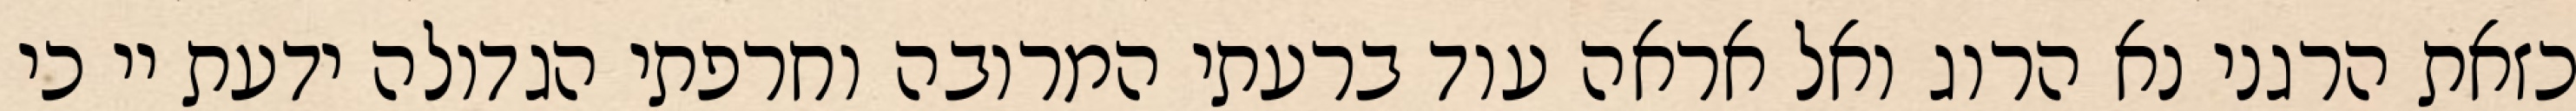
כזאת הרגני נא הרוג ואל אראה עוד ברעתי המרובה וחרפתי הגדולה ידעת יי כי